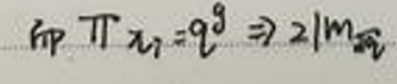
\[ \text{гр} \prod x_{i}=q^{g} \Rightarrow 2|m_{\mathfrak{N}} \]